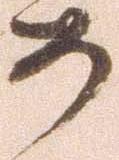
め